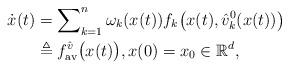
LaTeX: \begin{align*} \dot{x}(t) &= \sum\nolimits_{k=1}^n \omega_k(x(t)) f_k \bigl(x(t), \hat{v}_k^{0}(x(t))\bigr) \\ &\triangleq f_{\rm av}^{\hat{v}} \bigl(x(t)\bigr), x(0) = x_0 \in \mathbb{R}^d, \end{align*}